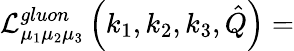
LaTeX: {\cal L}_{\mu_{1}\mu_{2}\mu_{3}}^{gluon}\left(k_{1},k_{2},k_{3},\hat{Q}\right)=